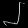
Digit: ၂